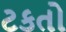
ટકતો